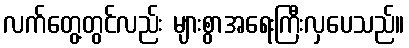
လက်တွေ့တွင်လည်း များစွာအရေးကြီးလှပေသည်။